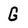
Character: G